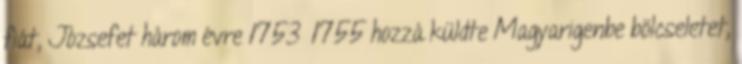
fiát, Józsefet három évre 1753—1755 hozzá küldte Magyarigenbe bölcseletet,